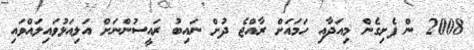
2008 ން ފެށިގެން މިއަދާއި ހަމައަށް ރާއްޖެ ދުށް ނައިބު ރައީސުންނަށް އަލިއަޅުވައިލައްވައި